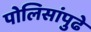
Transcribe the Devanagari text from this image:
पोलिसांपुढे